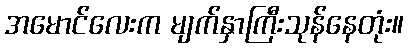
အမောင်လေးက မျက်နှာကြီးသုန်နေတုံး။